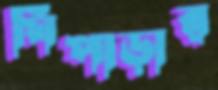
ঘিপাড়ার